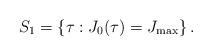
LaTeX: \begin{align*}S_1 = \left \{ \tau : J_0(\tau) = J_{\max} \right \}.\end{align*}